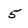
Character: 5